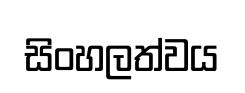
සිංහලත්වය